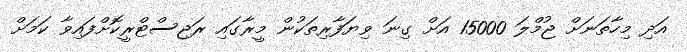
އަދި މިހާތަނަށް ޖުމްލަ 15000 އަށް ގިނަ ވިޔަފާރިތަކުން މީރާގައި ރަޖިސްޓްރީކޮށްފައިވާ ކަމަށް